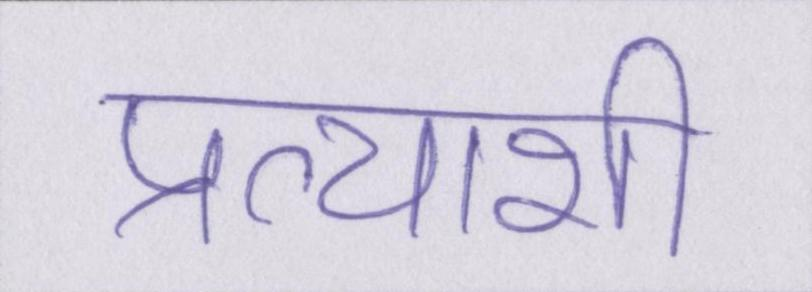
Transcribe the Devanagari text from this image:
प्रत्याशी